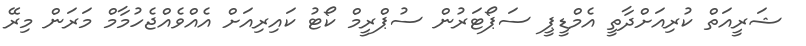
ޝަރީއަތް ކުރިއަށްދާތީ އެމްޑީޕީ ސަޕޯޓަރުން ސުޕްރީމް ކޯޓު ކައިރިއަށް އެއްވެއްޖެހުމާމް މަރަން މިރޭ